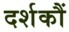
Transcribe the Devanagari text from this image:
दर्शकौं